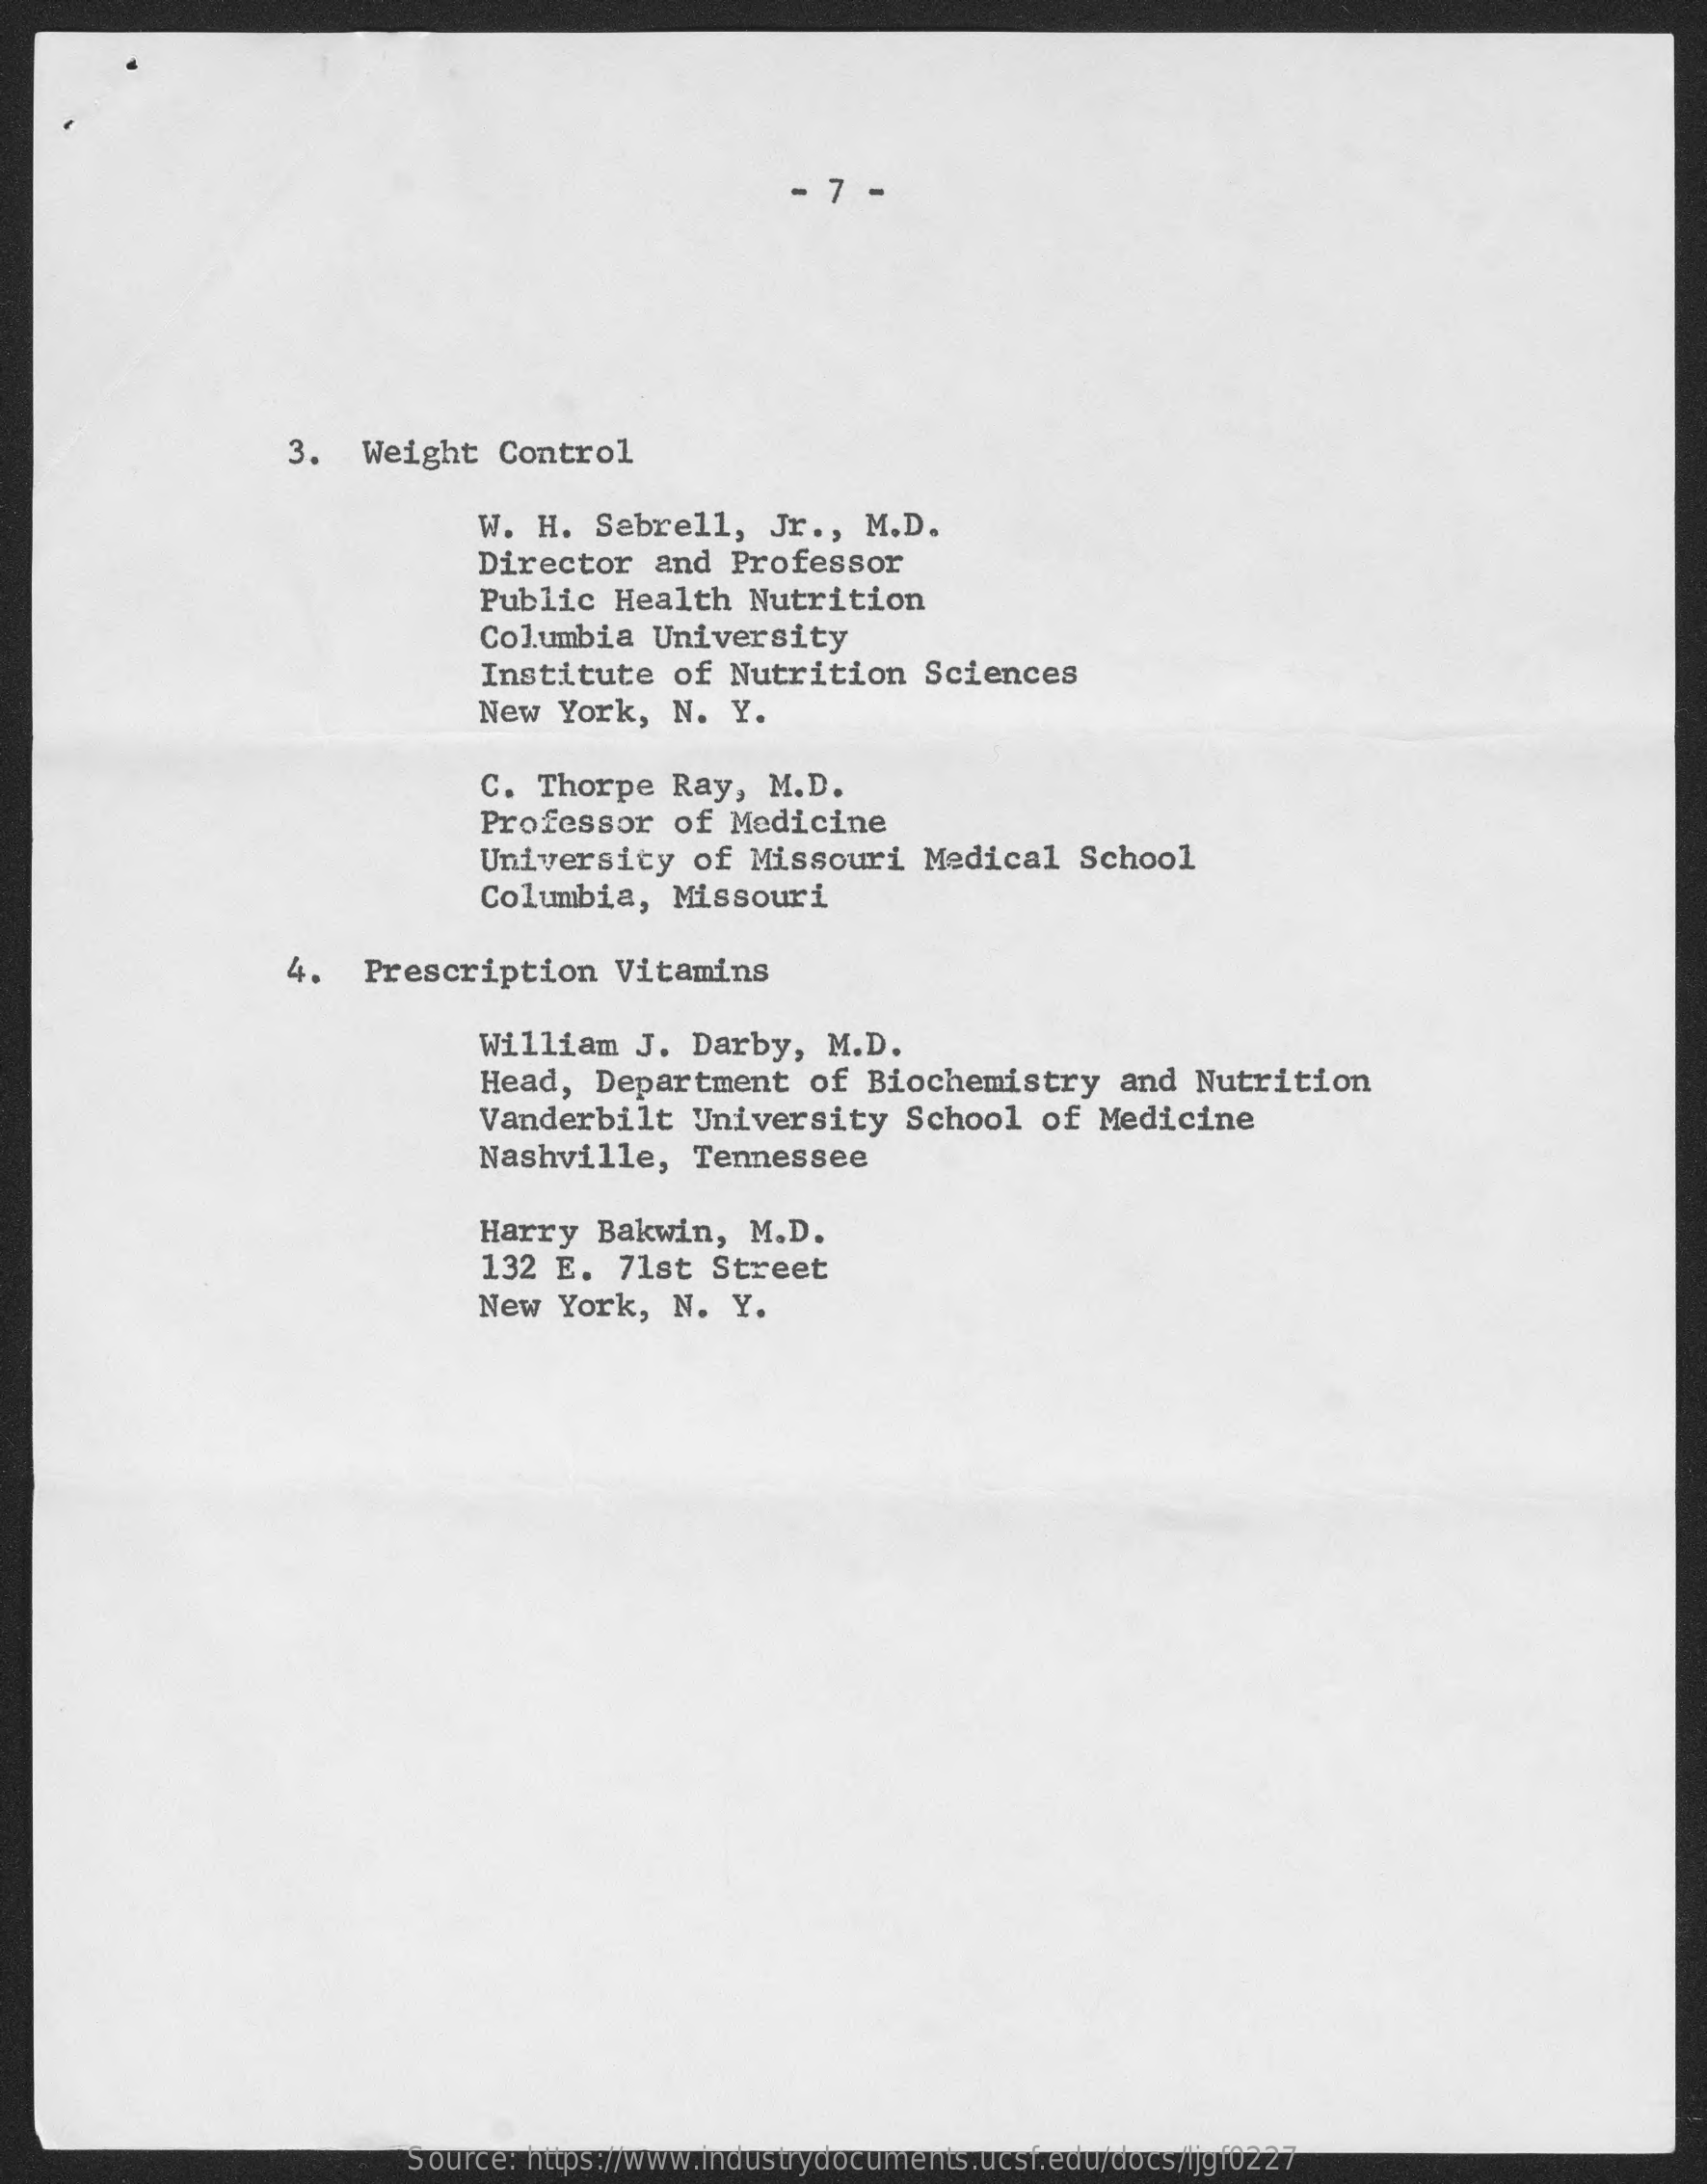
7
     3.   Weight   Control
     W.  H. Sebrell,    Jr ., M.D.
     Director   and  Professor
     Public   Health   Nutrition
     Columbia   University
     Institute    of Nutrition    Sciences
     New  York,   N.  Y.
     C.  Thorpe  Ray,   M.D.
     Professor    of Medicine
     University    of  Missouri   Medical    School
     Columbia,    Missouri
     4.   Prescription    Vitamins
     William   J.  Darby,   M.D.
     Head,  Department    of Biochemistry    and  Nutrition
     Vanderbilt    University    School   of  Medicine
     Nashville,    Tennessee
     Harry   Bakwin,   M.D.
     132  E.  71st  Street
     New  York,  N.   Y.
     Source: https://www.industrydocuments.ucsf.edu/docs/ljgf0227